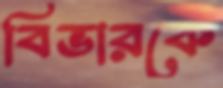
বিভারকে